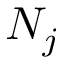
N _ { j }